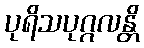
ပုရိသပုဂ္ဂလန္တိ